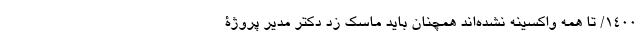
1400/ تا همه واکسینه نشده‌اند همچنان باید ماسک زد دکتر مدیر پروژۀ